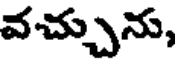
వచ్చును,